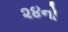
૨૪નો